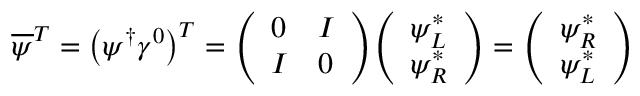
{ \overline { { \psi } } } ^ { T } = \left( \psi ^ { \dagger } \gamma ^ { 0 } \right) ^ { T } = { \left( \begin{array} { l l } { 0 } & { I } \\ { I } & { 0 } \end{array} \right) } { \left( \begin{array} { l } { \psi _ { L } ^ { * } } \\ { \psi _ { R } ^ { * } } \end{array} \right) } = { \left( \begin{array} { l } { \psi _ { R } ^ { * } } \\ { \psi _ { L } ^ { * } } \end{array} \right) }